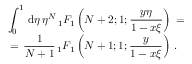
\begin{array} { l } { \displaystyle \int _ { 0 } ^ { 1 } \, \mathrm { d } \eta \, \eta ^ { N } \, { } _ { 1 } F _ { 1 } \left( N + 2 ; 1 ; \frac { y \eta } { 1 - x \xi } \right) \, = \, \, } \\ { \displaystyle \, = \, \frac 1 { N + 1 } \, { } _ { 1 } F _ { 1 } \left( N + 1 ; 1 ; \frac { y } { 1 - x \xi } \right) \, . } \end{array}